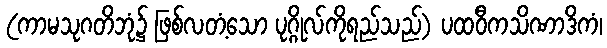
(ကာမသုဂတိဘုံ၌ ဖြစ်လတံ့သော ပုဂ္ဂိုလ်ကိုရည်သည်) ပထဝီကသိဏာဒိကံ၊